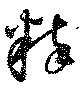
粹